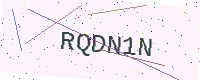
Text: RQDN1N